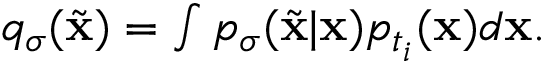
\begin{array} { r } { q _ { \sigma } ( \tilde { \mathbf { x } } ) = \int p _ { \sigma } ( \tilde { \mathbf { x } } | \mathbf { x } ) p _ { t _ { i } } ( \mathbf { x } ) d \mathbf { x } . } \end{array}